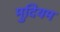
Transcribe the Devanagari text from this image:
मुदियम